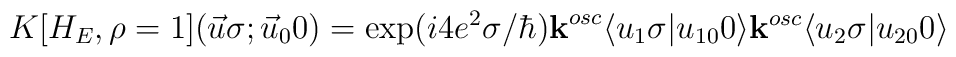
K[H_E,\rho =1]( \vec{u} \sigma ;\vec{u}_0 0) = \exp(i4e^2\sigma           / \hbar ) {\bf k}^{osc}\langle u_1\sigma \vert u_{10}0 \rangle           {\bf k}^{osc} \langle u_2 \sigma \vert u_{20} 0 \rangle